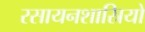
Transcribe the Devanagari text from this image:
रसायनशास्रियों